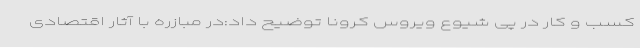
کسب و کار در پی شیوع ویروس کرونا توضیح داد:در مبازره با آثار اقتصادی